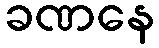
ခဏနေ